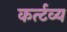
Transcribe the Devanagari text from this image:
कर्त्टव्य